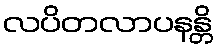
လပိတလာပနန္တိ